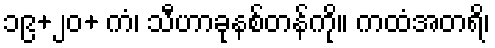
၁၉+၂၀+ ကံ၊ သီဟာခုနစ်တန်ကို။ ကထံအတရိ၊